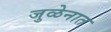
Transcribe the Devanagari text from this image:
जुळेनात